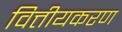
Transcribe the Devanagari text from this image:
वित्तीयकरण